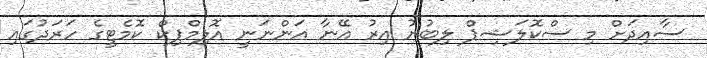
ސާއިދަށް މި ސްކޮލަޝިޕް ލިބުނު އިރު އޭނާ އަންނަނީ އޮލިމްޕިކް ކޮމެޓީގެ ހަރަދުގައި